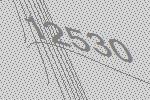
12530